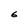
Character: 6